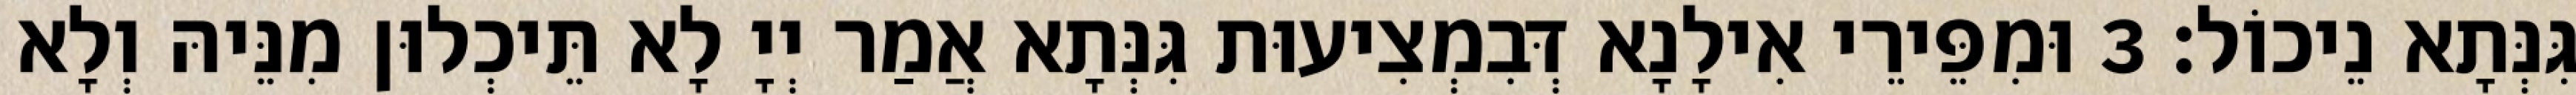
גִּנְּתָא נֵיכוֹל׃ 3 וּמִפֵּירֵי אִילָנָא דְּבִמְצִיעוּת גִּנְּתָא אֲמַר יְיָ לָא תֵּיכְלוּן מִנֵּיהּ וְלָא